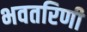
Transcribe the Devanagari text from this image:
भवतरिणी